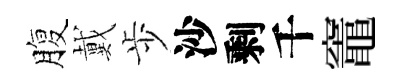
腹戴歩沙剩千竈